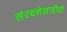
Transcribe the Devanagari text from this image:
संरचनेसाठीही